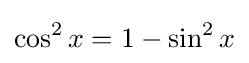
\cos ^{2}x=1-\sin ^{2}x